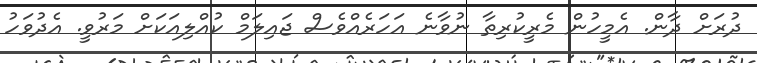
ދުރަށް ދާން. އެމީހުން މެރީކުރިތާ ނުވާނެ އަހަރެއްވެސް ޖައިލަމް ކުއްލިއަކަށް މަރުވީ. އެދުވަހު